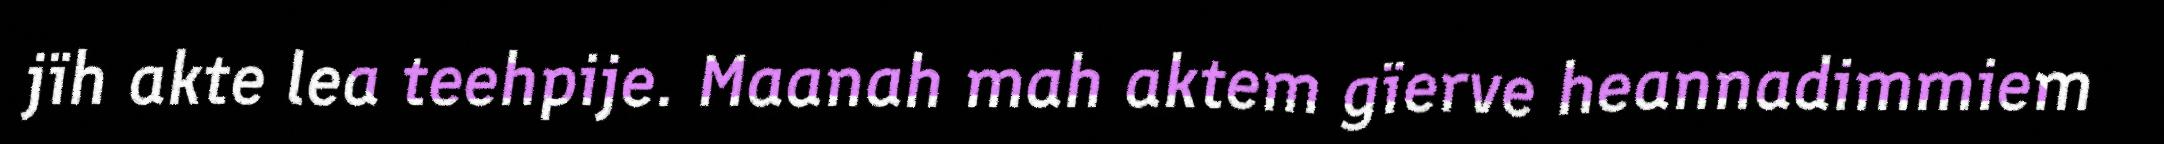
jïh akte lea teehpije. Maanah mah aktem gïerve heannadimmiem